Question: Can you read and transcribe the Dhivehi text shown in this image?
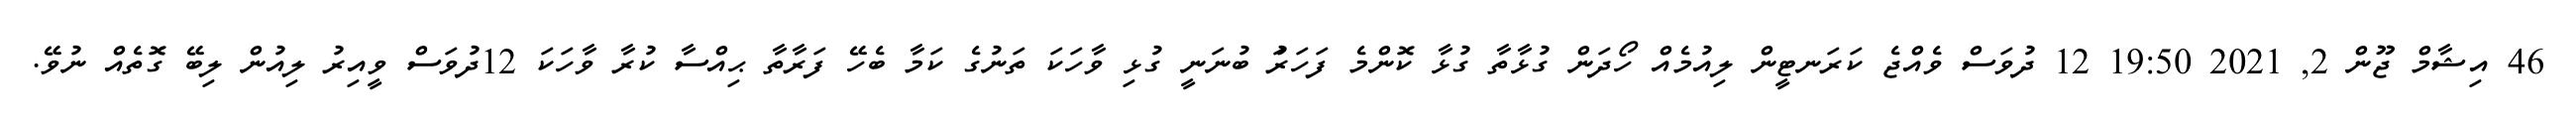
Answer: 46 އިޝާމް ޖޫން 2, 2021 19:50 12 ދުވަސް ވެއްޖެ ކަރަނޓީން ލިއުމެއް ހޯދަން ގުޅާތާ ގުޅާ ކޮންމެ ފަހަރަު ބުނަނީ ގުޅި ވާހަކަ ތަނުގެ ކަމާ ބެހޭ ފަރާތާ ޙިއްސާ ކުރާ ވާހަކަ 12ދުވަސް ވީއިރު ލިއުން ލިބޭ ގޮތެއް ނުވޭ.